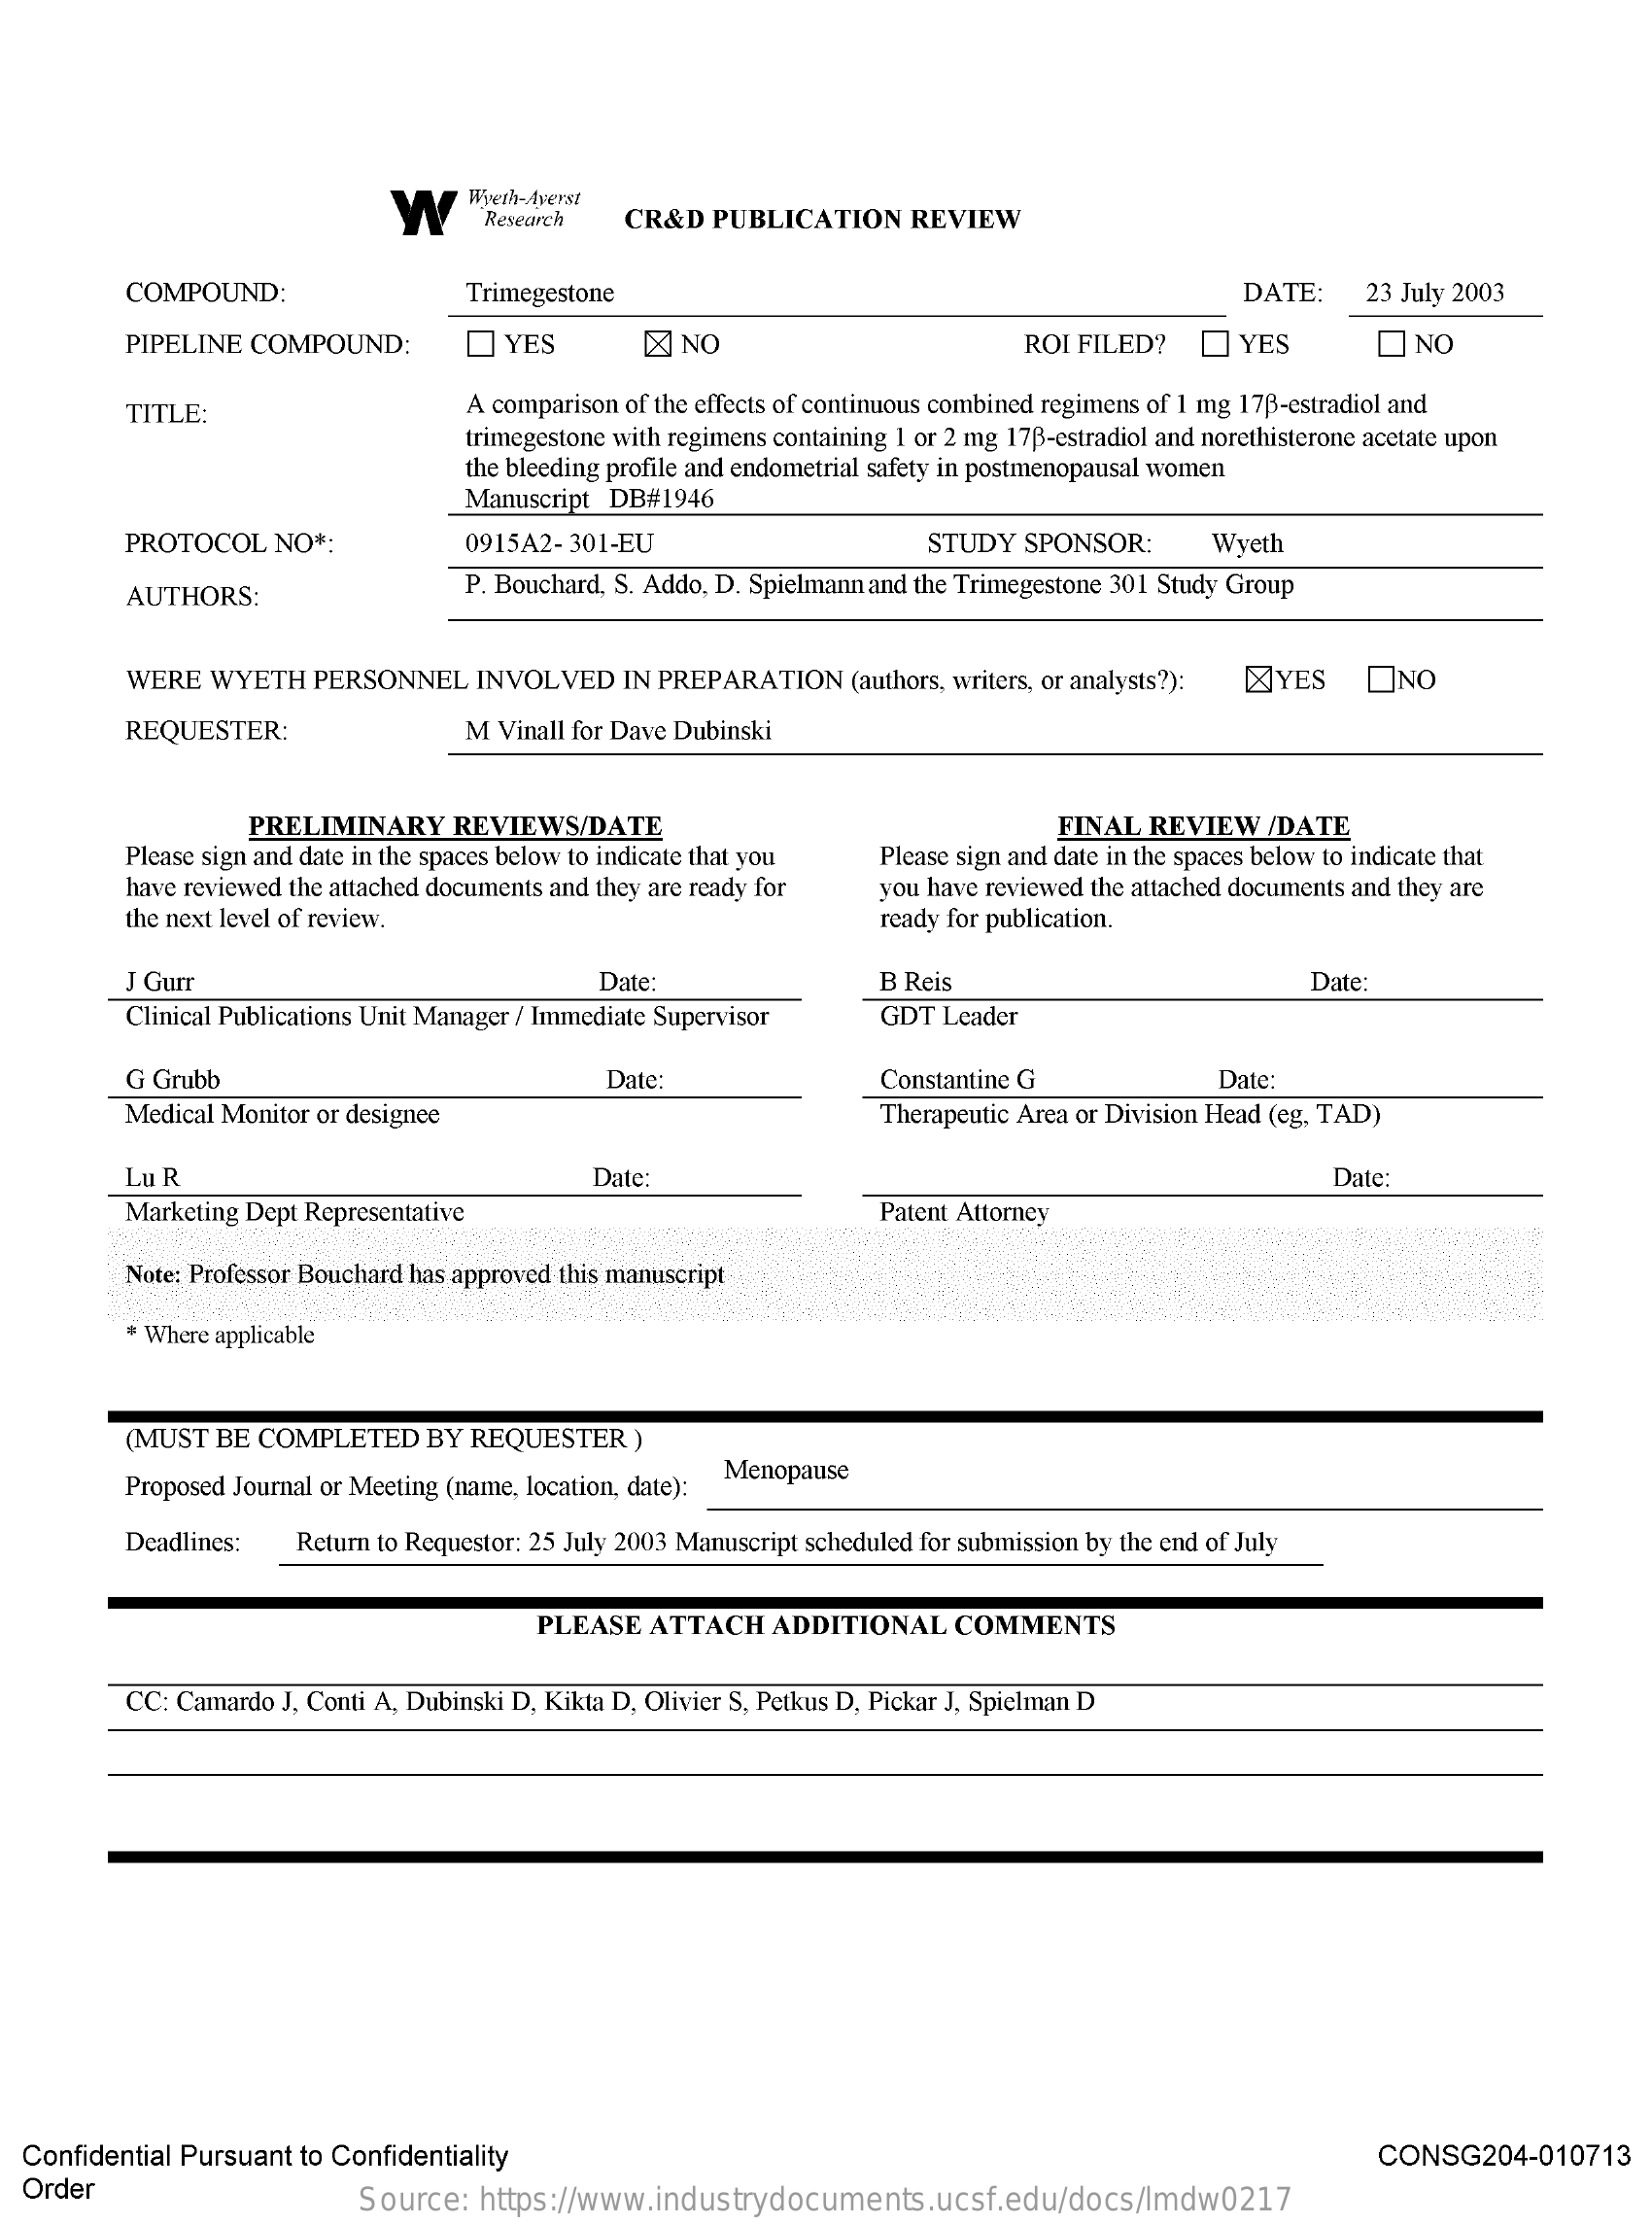
W
     Wyeth-Averst
     Research   CR&D  PUBLICATION   REVIEW
     COMPOUND:    Trimegestone    DATE:    23 July 2003
     PIPELINE COMPOUND:    YES    NO    ROI FILED?    YES    NO
     TITLE:    A comparison of the effects of continuous combined regimens of 1 mg 178-estradiol and
     trimegestone with regimens containing 1 or 2 mg 178-estradiol and norethisterone acetate upon
     the bleeding profile and endometrial safety in postmenopausal women
     Manuscript DB#1946
     PROTOCOL   NO *:    0915A2-301-EU    STUDY SPONSOR:    Wyeth
     AUTHORS:    P. Bouchard, S. Addo, D. Spielmann and the Trimegestone 301 Study Group
     WERE WYETH   PERSONNEL   INVOLVED  IN PREPARATION   (authors, writers, or analysts?): YES ONO
     REQUESTER:    M Vinall for Dave Dubinski
     PRELIMINARY    REVIEWS/DATE    FINAL REVIEW   /DATE
     Please sign and date in the spaces below to indicate that you
     have reviewed the attached documents and they are ready for
     Please sign and date in the spaces below to indicate that
     the next level of review.
     you have reviewed the attached documents and they are
     ready for publication.
     J Gurr    Date:    B Reis    Date
     Clinical Publications Unit Manager / Immediate Supervisor GDT Leader
     G Grubb    Date    Constantine G    Date:
     Medical Monitor or designee    Therapeutic Area or Division Head (eg, TAD)
     Lu R    Date:    Date:
     Marketing Dept Representative    Patent Attorney
     Note: Professor Bouchard has approved this manuscript
     Where applicable
     (MUST  BE COMPLETED   BY REQUESTER   )
     Proposed Journal or Meeting (name, location, date):
     Menopause
     Deadlines:   Return to Requestor: 25 July 2003 Manuscript scheduled for submission by the end of July
     PLEASE  ATTACH   ADDITIONAL   COMMENTS
     CC: Camardo J, Conti A, Dubinski D, Kikta D, Olivier S, Petkus D, Pickar J, Spielman D
  Confidential Pursuant to Confidentiality    CONSG204-010713
  Order    Source: https://www.industrydocuments.ucsf.edu/docs/lmdw0217